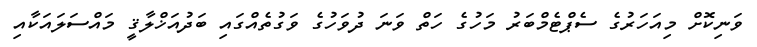
ވަނިކޮށް މިއަހަރުގެ ސެޕްޓެމްބަރު މަހުގެ ހަތް ވަނަ ދުވަހުގެ ވަގުތެއްގައި ބަދުއަޚްލާޤީ މައްސަލައަކާއި